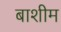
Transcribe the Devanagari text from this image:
बाशीम